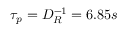
\tau _ { p } = D _ { R } ^ { - 1 } = 6 . 8 5 s